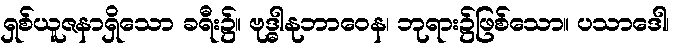
ရှစ်ယူဇနာရှိသော ခရီး၌။ ဗုဒ္ဓါနုဘာဝေန၊ ဘုရား၌ဖြစ်သော။ ပသာဒေါ၊